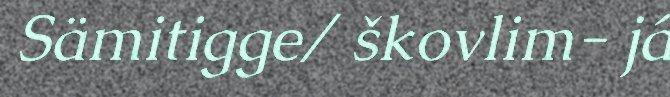
Sämitigge/ škovlim- já